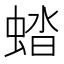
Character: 𧌏